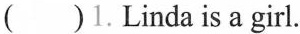
()1.Linda is a girl.